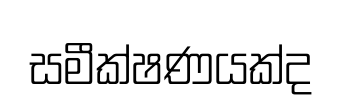
සමීක්ෂණයක්ද